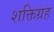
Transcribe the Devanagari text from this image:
शक्तिग्रह